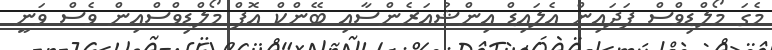
މެގަ މޯލްޑިވްސް ފަދައިން އެލައިޑް އިންޝުއަރެންސާއި ބޭންކް އޮފް މޯލްޑިވްސްއިން ވެސް ވަނީ